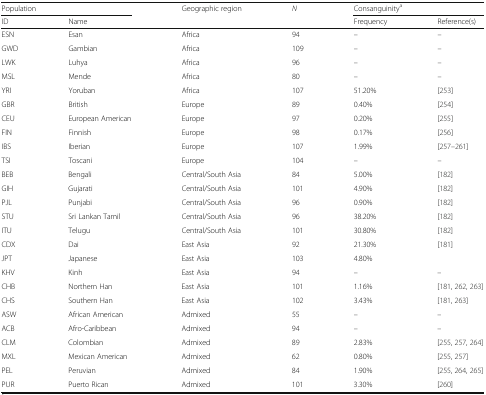
<table><thead><tr><td colspan="2"><b>Population</b></td><td rowspan="2"><b>Geographic region</b></td><td rowspan="2"><b><i>N</i></b></td><td colspan="2"><b>Consanguinity<sup>a</sup></b></td></tr><tr><td><b>ID</b></td><td><b>Name</b></td><td><b>Frequency</b></td><td><b>Reference(s)</b></td></tr></thead><tbody><tr><td>ESN</td><td>Esan</td><td>Africa</td><td>94</td><td>–</td><td>–</td></tr><tr><td>GWD</td><td>Gambian</td><td>Africa</td><td>109</td><td>–</td><td>–</td></tr><tr><td>LWK</td><td>Luhya</td><td>Africa</td><td>96</td><td>–</td><td>–</td></tr><tr><td>MSL</td><td>Mende</td><td>Africa</td><td>80</td><td>–</td><td>–</td></tr><tr><td>YRI</td><td>Yoruban</td><td>Africa</td><td>107</td><td>51.20%</td><td>[253]</td></tr><tr><td>GBR</td><td>British</td><td>Europe</td><td>89</td><td>0.40%</td><td>[254]</td></tr><tr><td>CEU</td><td>European American</td><td>Europe</td><td>97</td><td>0.20%</td><td>[255]</td></tr><tr><td>FIN</td><td>Finnish</td><td>Europe</td><td>98</td><td>0.17%</td><td>[256]</td></tr><tr><td>IBS</td><td>Iberian</td><td>Europe</td><td>107</td><td>1.99%</td><td>[257–261]</td></tr><tr><td>TSI</td><td>Toscani</td><td>Europe</td><td>104</td><td>–</td><td>–</td></tr><tr><td>BEB</td><td>Bengali</td><td>Central/South Asia</td><td>84</td><td>5.00%</td><td>[182]</td></tr><tr><td>GIH</td><td>Gujarati</td><td>Central/South Asia</td><td>101</td><td>4.90%</td><td>[182]</td></tr><tr><td>PJL</td><td>Punjabi</td><td>Central/South Asia</td><td>96</td><td>0.90%</td><td>[182]</td></tr><tr><td>STU</td><td>Sri Lankan Tamil</td><td>Central/South Asia</td><td>96</td><td>38.20%</td><td>[182]</td></tr><tr><td>ITU</td><td>Telugu</td><td>Central/South Asia</td><td>101</td><td>30.80%</td><td>[182]</td></tr><tr><td>CDX</td><td>Dai</td><td>East Asia</td><td>92</td><td>21.30%</td><td>[181]</td></tr><tr><td>JPT</td><td>Japanese</td><td>East Asia</td><td>103</td><td>4.80%</td><td></td></tr><tr><td>KHV</td><td>Kinh</td><td>East Asia</td><td>94</td><td>–</td><td>–</td></tr><tr><td>CHB</td><td>Northern Han</td><td>East Asia</td><td>101</td><td>1.16%</td><td>[181, 262, 263]</td></tr><tr><td>CHS</td><td>Southern Han</td><td>East Asia</td><td>102</td><td>3.43%</td><td>[181, 263]</td></tr><tr><td>ASW</td><td>African American</td><td>Admixed</td><td>55</td><td>–</td><td>–</td></tr><tr><td>ACB</td><td>Afro-Caribbean</td><td>Admixed</td><td>94</td><td>–</td><td>–</td></tr><tr><td>CLM</td><td>Colombian</td><td>Admixed</td><td>89</td><td>2.83%</td><td>[255, 257, 264]</td></tr><tr><td>MXL</td><td>Mexican American</td><td>Admixed</td><td>62</td><td>0.80%</td><td>[255, 257]</td></tr><tr><td>PEL</td><td>Peruvian</td><td>Admixed</td><td>84</td><td>1.90%</td><td>[255, 264, 265]</td></tr><tr><td>PUR</td><td>Puerto Rican</td><td>Admixed</td><td>101</td><td>3.30%</td><td>[260]</td></tr></tbody></table>